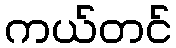
ကယ်တင်